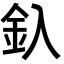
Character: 釞